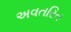
અવતરિત